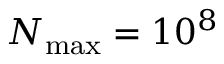
N _ { \mathrm { m a x } } = 1 0 ^ { 8 }